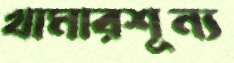
খামারশূন্য